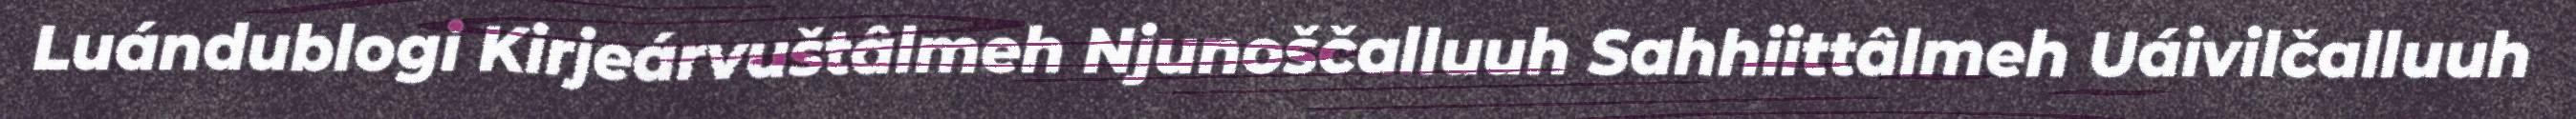
Luándublogi Kirjeárvuštâlmeh Njunoščalluuh Sahhiittâlmeh Uáivilčalluuh